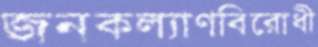
জনকল্যাণবিরোধী